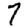
Digit: 7